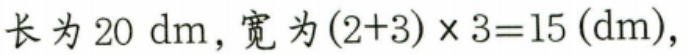
长为\(20\ \mathrm{dm}\)，宽为\((2 + 3)\times3 = 15(\mathrm{dm})\)，